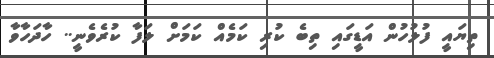
ތިޔައީ ފުލުހުން އަޑީގައި ތިބެ ކުރި ކަމެއް ކަމަށް ލަފާ ކުރެވެނީ.. ހާދަހާވާ